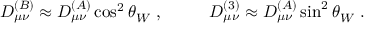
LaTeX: D _ { \mu \nu } ^ { ( B ) } \approx D _ { \mu \nu } ^ { ( A ) } \cos ^ { 2 } \theta _ { W } ~ , ~ ~ ~ ~ ~ ~ ~ ~ D _ { \mu \nu } ^ { ( 3 ) } \approx D _ { \mu \nu } ^ { ( A ) } \sin ^ { 2 } \theta _ { W } ~ .